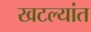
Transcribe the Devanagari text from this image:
खटल्यांत